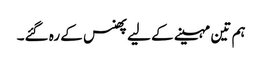
ہم تین مہینے کے لیے پھنس کے رہ گئے۔